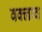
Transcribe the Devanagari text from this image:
वक्लाव